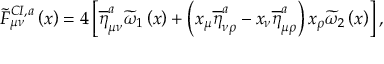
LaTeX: \widetilde { F } _ { \mu \nu } ^ { C I , a } \left( x \right) = 4 \left[ \overline { { { \eta } } } _ { \mu \nu } ^ { a } \widetilde { \omega } _ { 1 } \left( x \right) + \left( x _ { \mu } \overline { { { \eta } } } _ { \nu \rho } ^ { a } - x _ { \nu } \overline { { { \eta } } } _ { \mu \rho } ^ { a } \right) x _ { \rho } \widetilde { \omega } _ { 2 } \left( x \right) \right] ,